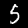
Digit: 5